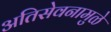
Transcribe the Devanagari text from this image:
अतिसेवनामुळे